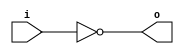
module invert (input wire i, output wire o);
   assign o = !i;
endmodule

module and2 (input wire i0, i1, output wire o);
  assign o = i0 & i1;
endmodule

module or2 (input wire i0, i1, output wire o);
  assign o = i0 | i1;
endmodule

module xor2 (input wire i0, i1, output wire o);
  assign o = i0 ^ i1;
endmodule

module nand2 (input wire i0, i1, output wire o);
   wire t;
   and2 and2_0 (i0, i1, t);
   invert invert_0 (t, o);
endmodule

module nor2 (input wire i0, i1, output wire o);
   wire t;
   or2 or2_0 (i0, i1, t);
   invert invert_0 (t, o);
endmodule

module xnor2 (input wire i0, i1, output wire o);
   wire t;
   xor2 xor2_0 (i0, i1, t);
   invert invert_0 (t, o);
endmodule

module and3 (input wire i0, i1, i2, output wire o);
   wire t;
   and2 and2_0 (i0, i1, t);
   and2 and2_1 (i2, t, o);
endmodule

module or3 (input wire i0, i1, i2, output wire o);
   wire t;
   or2 or2_0 (i0, i1, t);
   or2 or2_1 (i2, t, o);
endmodule

module nor3 (input wire i0, i1, i2, output wire o);
   wire t;
   or2 or2_0 (i0, i1, t);
   nor2 nor2_0 (i2, t, o);
endmodule

module nand3 (input wire i0, i1, i2, output wire o);
   wire t;
   and2 and2_0 (i0, i1, t);
   nand2 nand2_1 (i2, t, o);
endmodule

module xor3 (input wire i0, i1, i2, output wire o);
   wire t;
   xor2 xor2_0 (i0, i1, t);
   xor2 xor2_1 (i2, t, o);
endmodule

module xnor3 (input wire i0, i1, i2, output wire o);
   wire t;
   xor2 xor2_0 (i0, i1, t);
   xnor2 xnor2_0 (i2, t, o);
endmodule

module mux2 (input wire i0, i1, j, output wire o);
  assign o = (j==0)?i0:i1;
endmodule